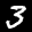
Label: 3